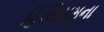
હિલિયમના